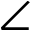
\angle